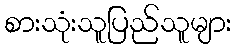
စားသုံးသူပြည်သူများ